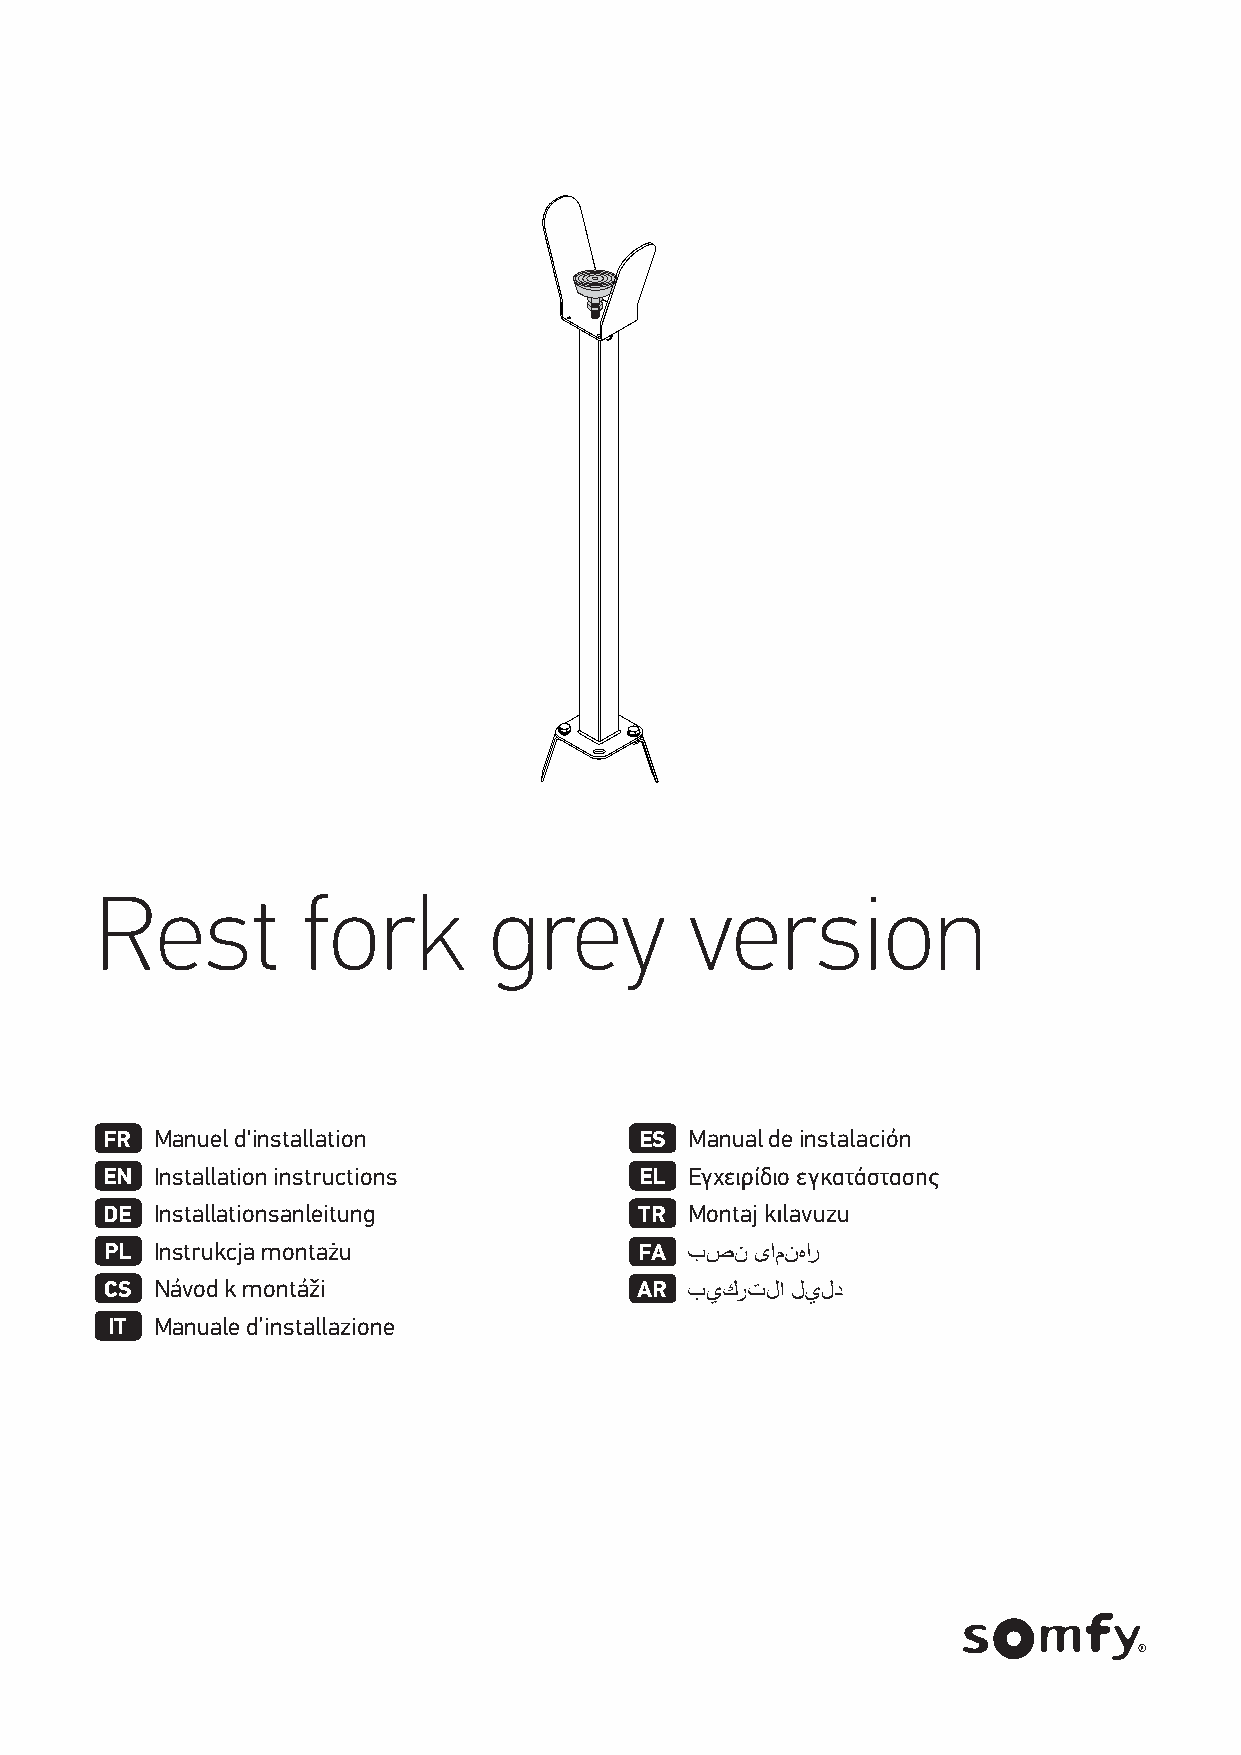
Rest          fork        grey          version
 FR Manuel d'installation           ES  Manual de instalación
 EN Installation instructions       EL  Εγχειρίδιο εγκατάστασης
 DE Installationsanleitung          TR  Montaj kılavuzu
 PL Instrukcja montażu              FA
 CS Návod k montáži                 AR
 IT Manuale d’installazione